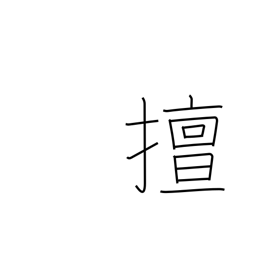
Meaning: self-indulgent